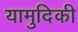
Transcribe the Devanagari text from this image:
यामुदिकी